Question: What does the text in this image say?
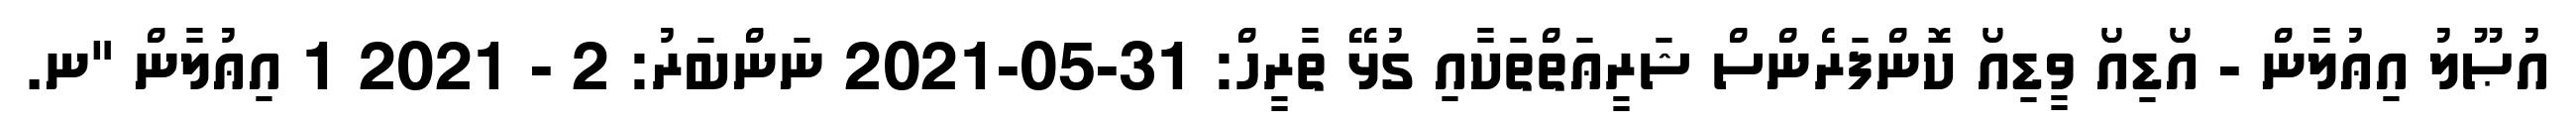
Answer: އުޞޫލު އިޢުލާން - އޯޑިއޯ ވީޑިއޯ ކޮންފަރެންސް ޝަރީޢަތްތަކާއި ގުޅޭ ތާރީހް: 31-05-2021 ނަންބަރު: 2 - 2021 1 އިޢުލާން "ނ.